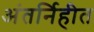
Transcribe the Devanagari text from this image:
अंतर्निहीत